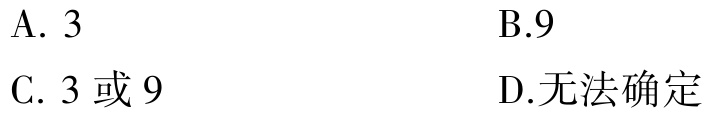
A. \(3\)
B.\(9\)
C. \(3\) 或 \(9\)
D.无法确定